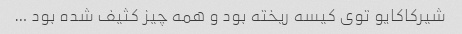
شیرکاکایو توی کیسه ریخته بود و همه چیز کثیف شده بود …